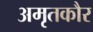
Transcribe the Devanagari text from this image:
अमृतकौर